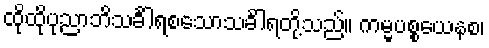
ထိုထိုပုညာဘိသင်္ခါရစသောသင်္ခါရတို့သည်။ ကမ္မပစ္စယေနစ၊